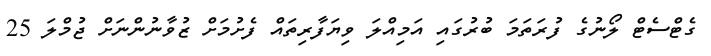
ގެޓްސެޓް ލޯނުގެ ފުރަތަމަ ބުރުގައި އަމިއްލަ ވިޔަފާރިތައް ފެށުމަށް ޒުވާނުންނަށް ޖުމްލަ 25